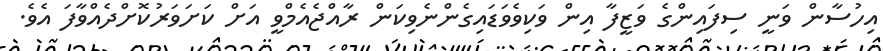
އިހުސާން ވަނީ ސިފައިންގެ ވަޒީފާ އިން ވަކިވެވަޑައިގެންނެވިކަން ރާއްޖެއެމްވީ އަށް ކަށަވަރުކޮށްދެއްވާފަ އެވެ.